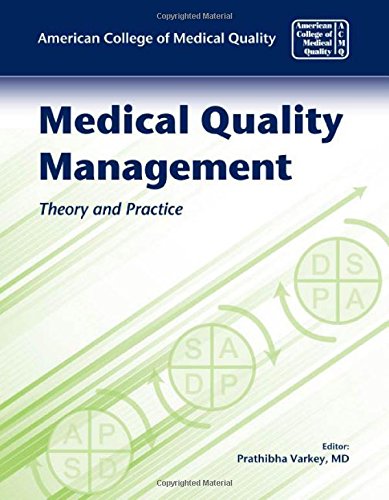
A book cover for Medical Quality Management: Theory And Practice; American College of Medical Quality; Medical Books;